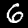
Digit: 6